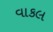
વાકલ